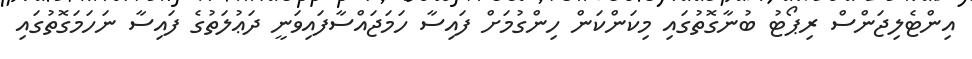
އިންޓެލިޖަންސް ރިޕޯޓު ބުނާގޮތުގައި މިކަންކަން ހިންގުމަށް ފައިސާ ހަމަޖައްސާފައިވަނީ ދަޢުލަތުގެ ފައިސާ ނަހަމަގޮތުގައި